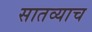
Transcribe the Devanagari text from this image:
सातव्याच